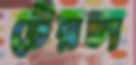
টেরচা